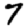
Digit: 7